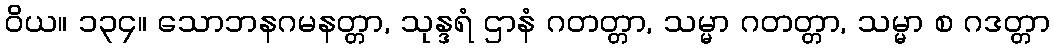
ဝိယ။ ၁၃၄။ သောဘနဂမနတ္တာ, သုန္ဒရံ ဌာနံ ဂတတ္တာ, သမ္မာ ဂတတ္တာ, သမ္မာ စ ဂဒတ္တာ